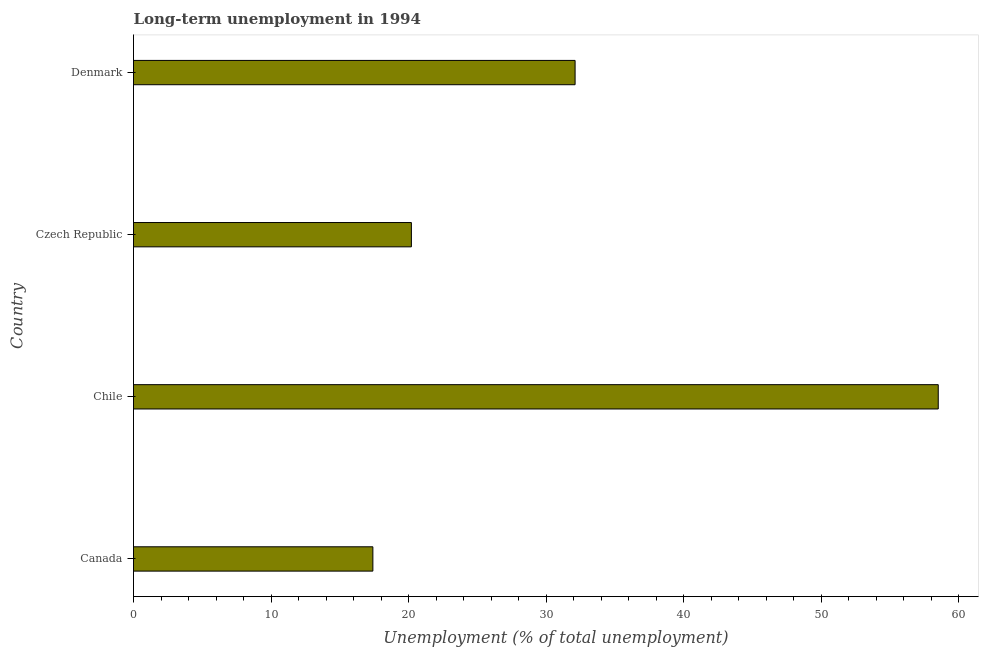
| Country | Long-term unemployment  |
 | --- | --- |
 | Canada | 17.4 |
 | Chile | 58.5 |
 | Czech Republic | 20.2 |
 | Denmark | 32.1 |